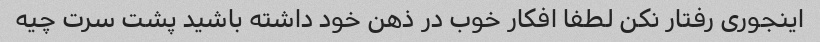
اینجوری رفتار نکن لطفا افکار خوب در ذهن خود داشته باشید پشت سرت چیه